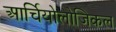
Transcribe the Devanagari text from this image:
आर्चियोलोजिकल